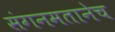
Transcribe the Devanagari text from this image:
संगनमतानेच